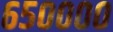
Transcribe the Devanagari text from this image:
६५००००